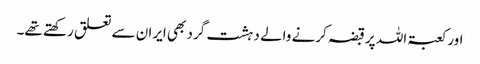
اور کعبۃ اللہ پر قبضہ کرنے والے دہشت گرد بھی ایران سے تعلق رکھتے تھے۔